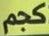
كجم